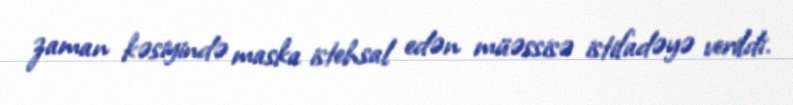
zaman kəsiyində maska istehsal edən müəssisə istifadəyə verildi.